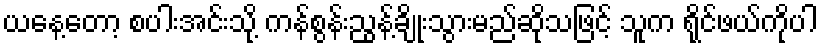
ယနေ့တော့ စပါးအင်းသို့ ကန်စွန်းညွန့်ချိုးသွားမည်ဆိုသဖြင့် သူက ရိုင်ဖယ်ကိုပါ